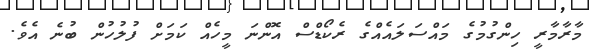
މާރާމާރީ ހިންގުމުގެ މައްސަލައެއްގެ ރެކޯޑްސް އޮންނަ މީހެއް ކަމަށް ފުލުހުން ބުނެ އެވެ.